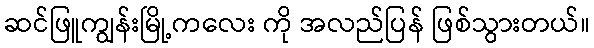
ဆင်ဖြူကျွန်းမြို့ကလေး ကို အလည်ပြန် ဖြစ်သွားတယ်။